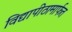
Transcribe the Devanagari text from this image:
विद्यापीठामार्फत